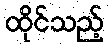
ထိုင်သည့်